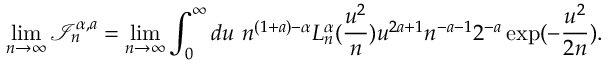
\operatorname * { l i m } _ { n \to \infty } \mathcal { I } _ { n } ^ { \alpha , a } = \operatorname * { l i m } _ { n \to \infty } \int _ { 0 } ^ { \infty } d u \ n ^ { ( 1 + a ) - \alpha } L _ { n } ^ { \alpha } ( \frac { u ^ { 2 } } { n } ) u ^ { 2 a + 1 } n ^ { - a - 1 } 2 ^ { - a } \exp ( - \frac { u ^ { 2 } } { 2 n } ) .